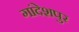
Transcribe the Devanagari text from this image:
गांदेशपुर